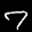
Label: 7